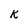
Character: k